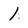
Character: 1